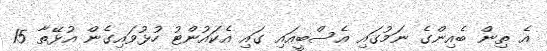
އެ ތިން ބެއިންގެ ނަމުގައި އެސްބީއައި ގައި އެކައުންޓު ހުޅުވައިގެން އުޅޭތާ 15